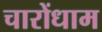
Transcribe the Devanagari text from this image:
चारोंधाम